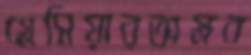
গ্লেসিয়ারঅস্ত্রব